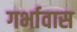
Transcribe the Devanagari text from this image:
गर्भावास